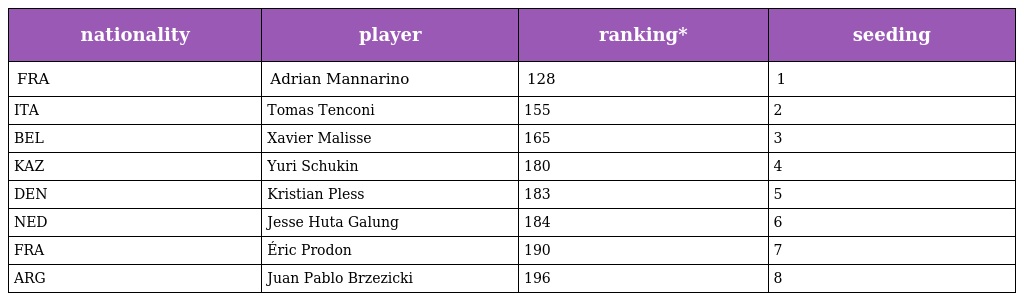
| nationality | player | ranking* | seeding |
 | --- | --- | --- | --- |
 | FRA | Adrian Mannarino | 128 | 1 |
 | ITA | Tomas Tenconi | 155 | 2 |
 | BEL | Xavier Malisse | 165 | 3 |
 | KAZ | Yuri Schukin | 180 | 4 |
 | DEN | Kristian Pless | 183 | 5 |
 | NED | Jesse Huta Galung | 184 | 6 |
 | FRA | Éric Prodon | 190 | 7 |
 | ARG | Juan Pablo Brzezicki | 196 | 8 |